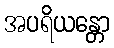
အပရိယန္တော